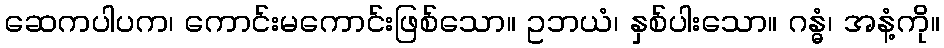
ဆေကပါပက၊ ကောင်းမကောင်းဖြစ်သော။ ဥဘယံ၊ နှစ်ပါးသော။ ဂန္ဓံ၊ အနံ့ကို။